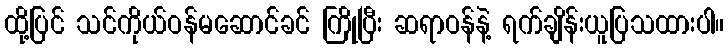
ထို့ပြင် သင်ကိုယ်ဝန်မဆောင်ခင် ကြိုပြီး ဆရာဝန်နဲ့ ရက်ချိန်းယူပြသထားပါ။